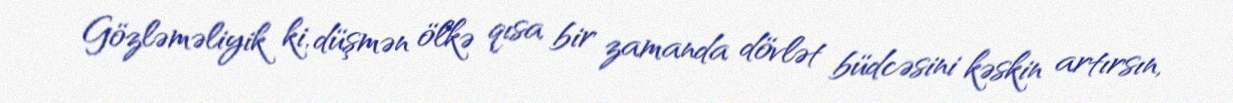
Gözləməliyik ki, düşmən ölkə qısa bir zamanda dövlət büdcəsini kəskin artırsın,